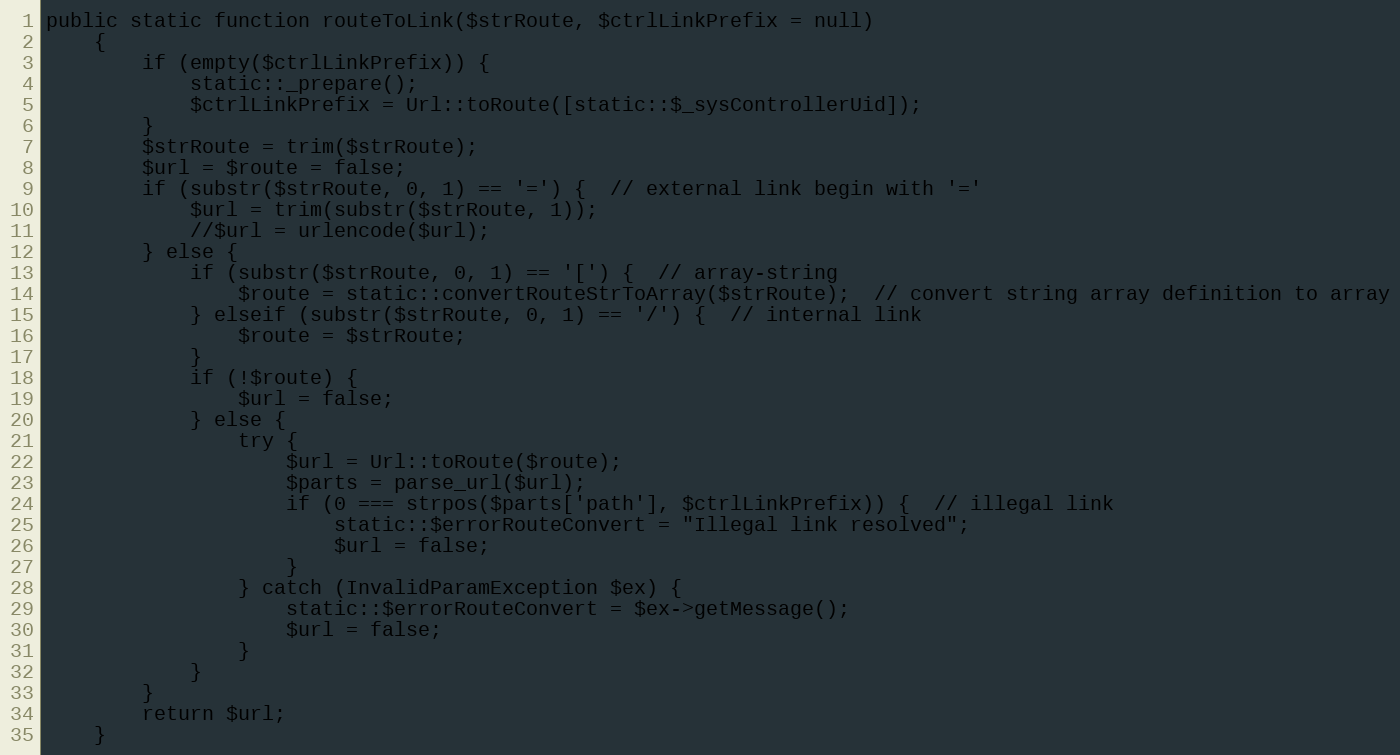
Language: PHP
public static function routeToLink($strRoute, $ctrlLinkPrefix = null)
    {
        if (empty($ctrlLinkPrefix)) {
            static::_prepare();
            $ctrlLinkPrefix = Url::toRoute([static::$_sysControllerUid]);
        }
        $strRoute = trim($strRoute);
        $url = $route = false;
        if (substr($strRoute, 0, 1) == '=') {  // external link begin with '='
            $url = trim(substr($strRoute, 1));
            //$url = urlencode($url);
        } else {
            if (substr($strRoute, 0, 1) == '[') {  // array-string
                $route = static::convertRouteStrToArray($strRoute);  // convert string array definition to array
            } elseif (substr($strRoute, 0, 1) == '/') {  // internal link
                $route = $strRoute;
            }
            if (!$route) {
                $url = false;
            } else {
                try {
                    $url = Url::toRoute($route);
                    $parts = parse_url($url);
                    if (0 === strpos($parts['path'], $ctrlLinkPrefix)) {  // illegal link
                        static::$errorRouteConvert = "Illegal link resolved";
                        $url = false;
                    }
                } catch (InvalidParamException $ex) {
                    static::$errorRouteConvert = $ex->getMessage();
                    $url = false;
                }
            }
        }
        return $url;
    }